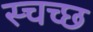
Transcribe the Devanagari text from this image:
स्चच्छ